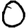
Digit: 0